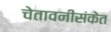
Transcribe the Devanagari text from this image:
चेतावनीसंकेत